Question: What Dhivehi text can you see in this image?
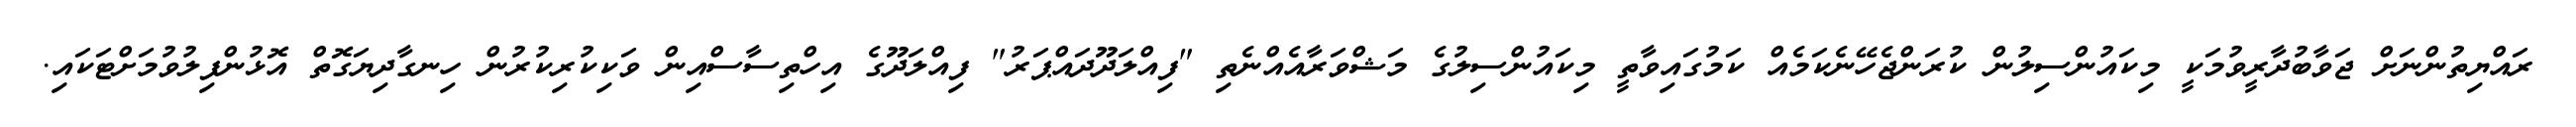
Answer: ރައްޔިތުންނަށް ޖަވާބުދާރީވުމަކީ މިކައުންސިލުން ކުރަންޖެހޭނެކަމެއް ކަމުގައިވާތީ މިކައުންސިލުގެ މަޝްވަރާއެއްނެތި "ފިއްލަދޫދައްޕަރު" ފިއްލަދޫގެ އިހްތިސާސްއިން ވަކިކުރިކުރުން ހިނގާދިޔަގޮތް އޮޅުންފިލުވުމަށްޓަކައި.